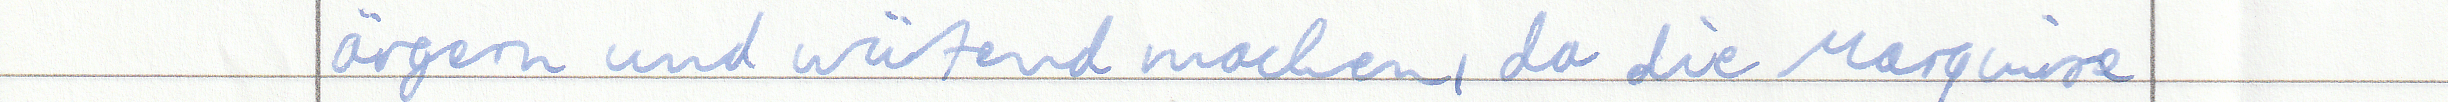
ärgern und wütend machen, da die Marquise